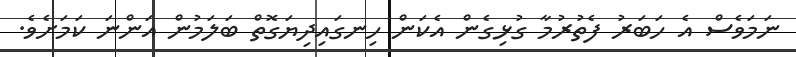
ނަމަވެސް އެ ހަބަރު ފެތުރުމާ ގުޅިގެން އެކަން ހިނގައިދިޔަގޮތް ބަލަމުން އަންނަ ކަމަށެވެ.